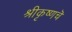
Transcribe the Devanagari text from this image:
श्रीकृष्णचॆ